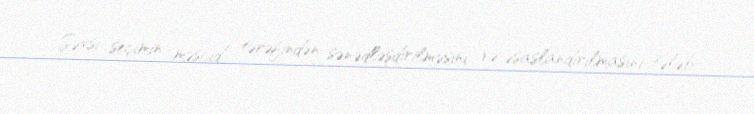
Şəxsi seçimin məscid tərəfindən sənədləşdirilməsini və əsaslandırılmasını tələb